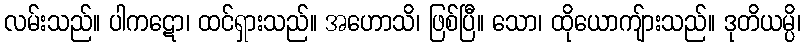
လမ်းသည်။ ပါကဋော၊ ထင်ရှားသည်။ အဟောသိ၊ ဖြစ်ပြီ။ သော၊ ထိုယောကျ်ားသည်။ ဒုတိယမ္ပိ၊